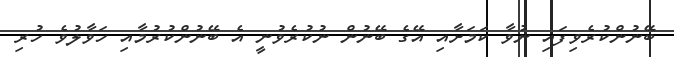
ބޭނުންކުރެވިފައި ނުވާ ކަމަށާއި އޭގެ ބޭނުން ނުކުރެވުނީ އެ ބޭނުންކުރުމާއި ހަވާލުވެ ހުރި